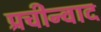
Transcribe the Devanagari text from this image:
प्रचीन्वाद